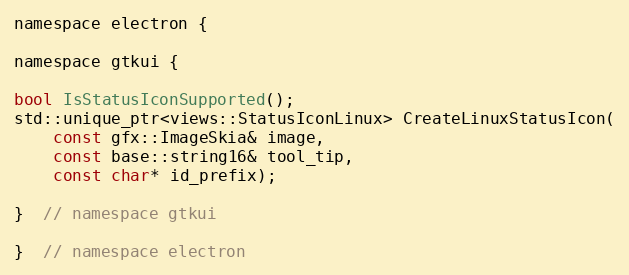
Language: C
namespace electron {

namespace gtkui {

bool IsStatusIconSupported();
std::unique_ptr<views::StatusIconLinux> CreateLinuxStatusIcon(
    const gfx::ImageSkia& image,
    const base::string16& tool_tip,
    const char* id_prefix);

}  // namespace gtkui

}  // namespace electron